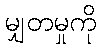
မျှတမှုကို